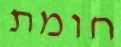
חומת